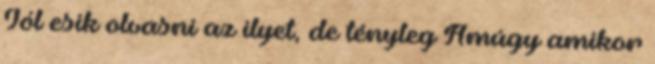
Jól esik olvasni az ilyet, de tényleg Amúgy amikor